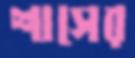
শাসের